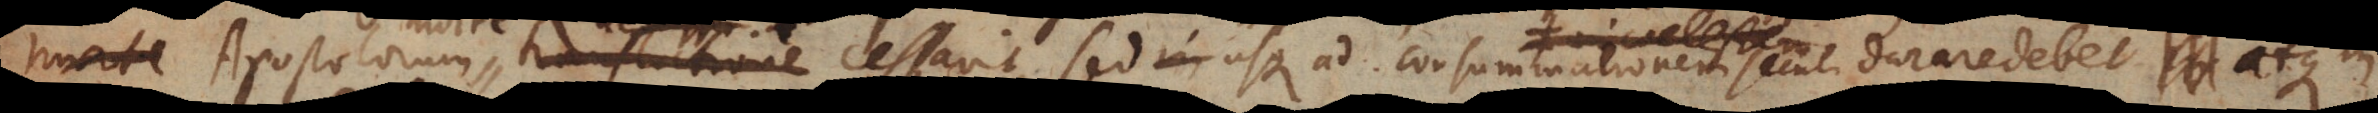
Apostolorum morte cessavit, sed usque ad consummationem seculi durare debet, atque in